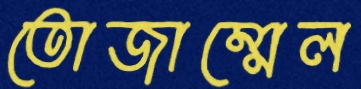
তোজাম্মেল